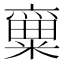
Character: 𱹡